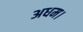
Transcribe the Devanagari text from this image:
अधम।